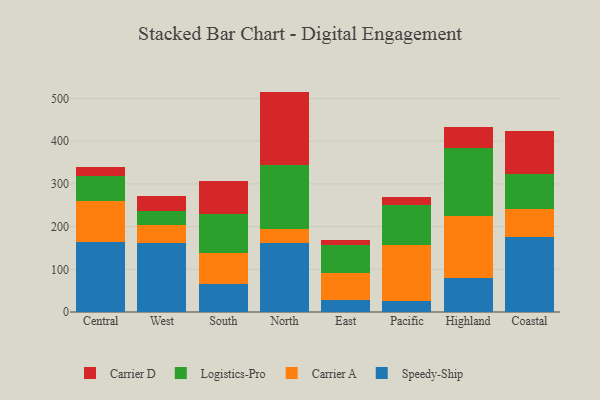
{"axis": {"x": "Region", "y": "Production Output"}, "legend": ["Carrier A", "Carrier D", "Logistics-Pro", "Speedy-Ship"], "data": [{"x": "Central", "y": 164.4, "type": "Speedy-Ship"}, {"x": "Central", "y": 95.9, "type": "Carrier A"}, {"x": "Central", "y": 58.9, "type": "Logistics-Pro"}, {"x": "Central", "y": 21.4, "type": "Carrier D"}, {"x": "West", "y": 162.3, "type": "Speedy-Ship"}, {"x": "West", "y": 40.6, "type": "Carrier A"}, {"x": "West", "y": 32.9, "type": "Logistics-Pro"}, {"x": "West", "y": 35.3, "type": "Carrier D"}, {"x": "South", "y": 65.6, "type": "Speedy-Ship"}, {"x": "South", "y": 73.3, "type": "Carrier A"}, {"x": "South", "y": 89.9, "type": "Logistics-Pro"}, {"x": "South", "y": 77.1, "type": "Carrier D"}, {"x": "North", "y": 162.2, "type": "Speedy-Ship"}, {"x": "North", "y": 32.9, "type": "Carrier A"}, {"x": "North", "y": 149.7, "type": "Logistics-Pro"}, {"x": "North", "y": 171.3, "type": "Carrier D"}, {"x": "East", "y": 27.1, "type": "Speedy-Ship"}, {"x": "East", "y": 64.7, "type": "Carrier A"}, {"x": "East", "y": 65.4, "type": "Logistics-Pro"}, {"x": "East", "y": 11.2, "type": "Carrier D"}, {"x": "Pacific", "y": 24.6, "type": "Speedy-Ship"}, {"x": "Pacific", "y": 133.0, "type": "Carrier A"}, {"x": "Pacific", "y": 93.9, "type": "Logistics-Pro"}, {"x": "Pacific", "y": 17.0, "type": "Carrier D"}, {"x": "Highland", "y": 80.2, "type": "Speedy-Ship"}, {"x": "Highland", "y": 144.0, "type": "Carrier A"}, {"x": "Highland", "y": 160.0, "type": "Logistics-Pro"}, {"x": "Highland", "y": 49.6, "type": "Carrier D"}, {"x": "Coastal", "y": 175.2, "type": "Speedy-Ship"}, {"x": "Coastal", "y": 65.3, "type": "Carrier A"}, {"x": "Coastal", "y": 82.1, "type": "Logistics-Pro"}, {"x": "Coastal", "y": 102.1, "type": "Carrier D"}]}